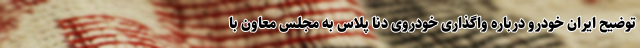
توضیح ایران خودرو درباره واگذاری خودروی دنا پلاس به مجلس معاون با